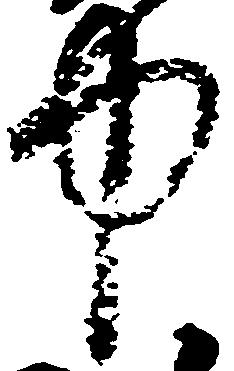
中